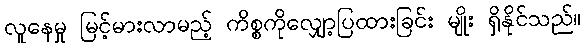
လူနေမှု မြင့်မားလာမည့် ကိစ္စကိုလျှော့ပြထားခြင်း မျိုး ရှိနိုင်သည်။